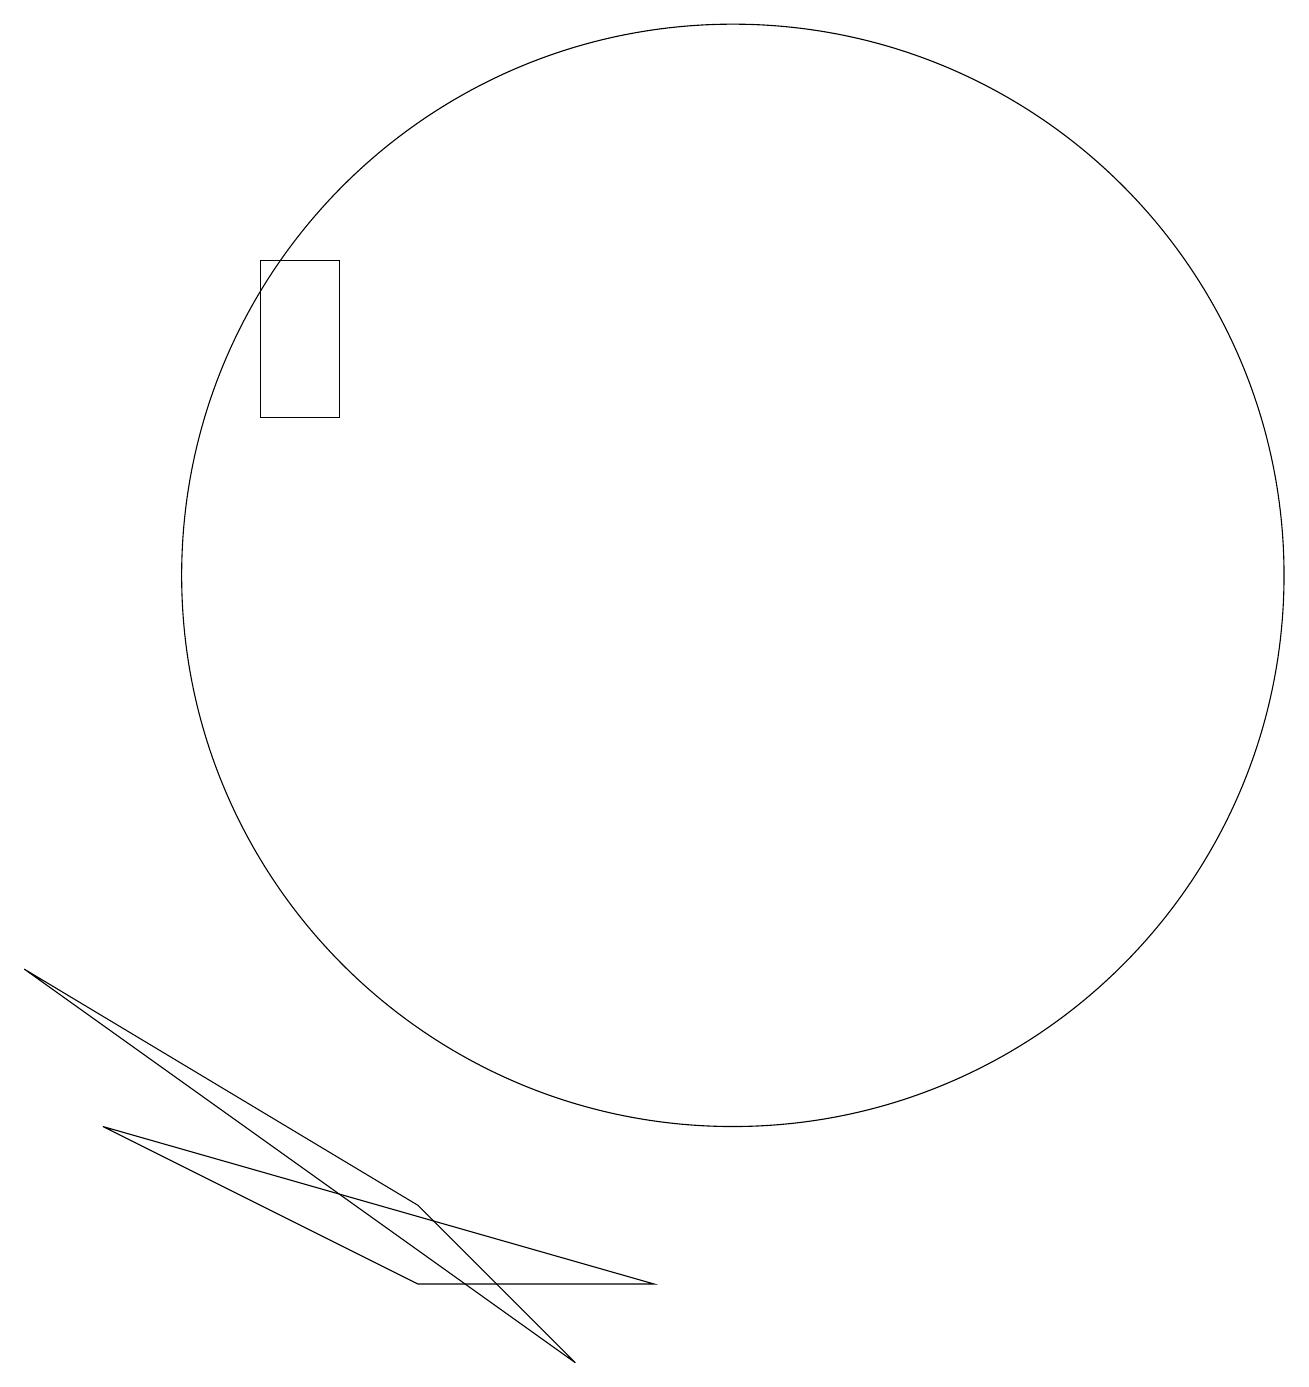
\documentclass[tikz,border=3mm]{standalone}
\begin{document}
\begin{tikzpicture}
\draw (4,12) rectangle (5,14);
\draw (8,0) -- (1,5) -- (6,2) -- cycle;
\draw (2,3) -- (9,1) -- (6,1) -- cycle;
\draw (10,10) circle (7);
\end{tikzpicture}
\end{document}